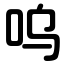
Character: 呜